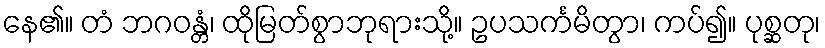
နေ၏။ တံ ဘဂဝန္တံ၊ ထိုမြတ်စွာဘုရားသို့။ ဥပသင်္ကမိတွာ၊ ကပ်၍။ ပုစ္ဆတု၊